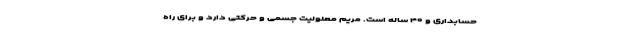
حسابداری و ۴۰ ساله است. مریم معلولیت جسمی و حرکتی دارد و برای راه